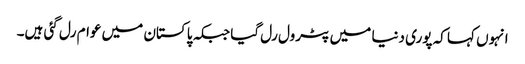
انہوں کہا کہ پوری دنیا میں پٹرول رل گیا جبکہ پاکستان میں عوام رل گئی ہیں۔